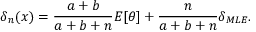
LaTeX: \delta _ { n } ( x ) = { \frac { a + b } { a + b + n } } E [ \theta ] + { \frac { n } { a + b + n } } \delta _ { M L E } .